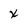
Character: x